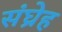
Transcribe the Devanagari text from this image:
संघ्रेह